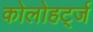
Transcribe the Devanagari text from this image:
कोलोहर्ट्ज